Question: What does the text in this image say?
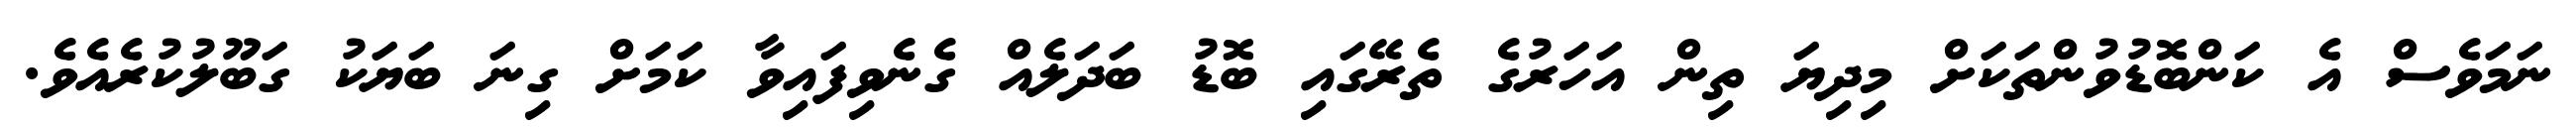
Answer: ނަމަވެސް އެ ކަންބޮޑުވުންތަކަށް މިދިޔަ ތިން އަހަރުގެ ތެރޭގައި ބޮޑު ބަދަލެއް ގެނެވިފައިވާ ކަމަށް ގިނަ ބަޔަކު ގަބޫލުކުރެއެވެ.